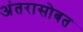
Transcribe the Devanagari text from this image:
अंतरासोबत